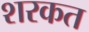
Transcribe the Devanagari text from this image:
शरकत